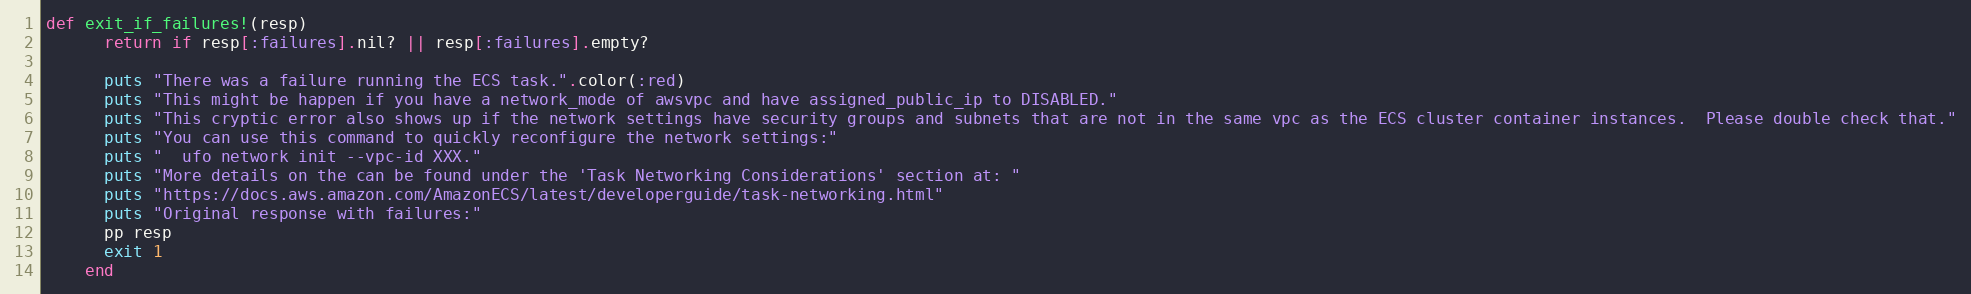
Language: Ruby
def exit_if_failures!(resp)
      return if resp[:failures].nil? || resp[:failures].empty?

      puts "There was a failure running the ECS task.".color(:red)
      puts "This might be happen if you have a network_mode of awsvpc and have assigned_public_ip to DISABLED."
      puts "This cryptic error also shows up if the network settings have security groups and subnets that are not in the same vpc as the ECS cluster container instances.  Please double check that."
      puts "You can use this command to quickly reconfigure the network settings:"
      puts "  ufo network init --vpc-id XXX."
      puts "More details on the can be found under the 'Task Networking Considerations' section at: "
      puts "https://docs.aws.amazon.com/AmazonECS/latest/developerguide/task-networking.html"
      puts "Original response with failures:"
      pp resp
      exit 1
    end